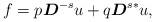
LaTeX: \begin{align*} f=p\boldsymbol{D}^{-s}u+q\boldsymbol{D}^{s*}u, \end{align*}